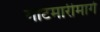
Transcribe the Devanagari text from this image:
गोटमारीमागे